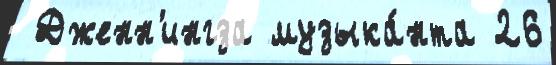
 Дженн'ингза музыка́нта 26